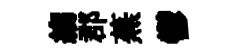
縐郡蕪鬱